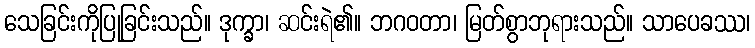
သေခြင်းကိုပြုခြင်းသည်။ ဒုက္ခာ၊ ဆင်းရဲ၏။ ဘဂဝတာ၊ မြတ်စွာဘုရားသည်။ သာပေခဿ၊